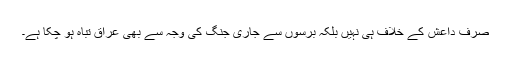
صرف داعش کے خلاف ہی نہیں بلکہ برسوں سے جاری جنگ کی وجہ سے بھی عراق تباہ ہو چکا ہے۔